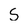
Character: S